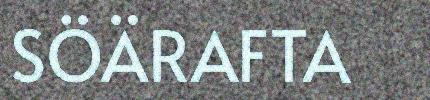
SÖÄRAFTA